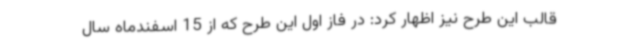
قالب این طرح نیز اظهار کرد: در فاز اول این طرح که از 15 اسفندماه سال